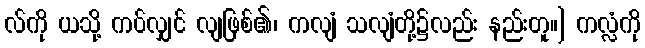
လ်ကို ယသို့ ကပ်လျှင် လျဖြစ်၏၊ ကလျံ သလျံတို့၌လည်း နည်းတူ။] ကလ္လံကို